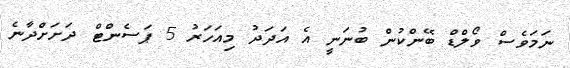
ނަމަވެސް ވޯލްޑް ބޭންކުން ބުނަނީ އެ އަދަދު މިއަހަރު 5 ޕަސެންޓް ދަށަށްދާނެ